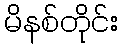
မိနစ်တိုင်း